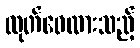
ထုတ်ဝေထားသည့်